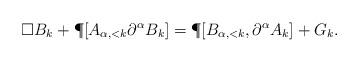
LaTeX: \begin{align*}\Box B_k + \P [A_{\alpha, <k} \partial^\alpha B_k] = \P [B_{\alpha,<k}, \partial^\alpha A_k] + G_k .\end{align*}